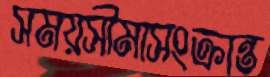
সময়সীমাসংক্রান্ত